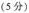
（5分）